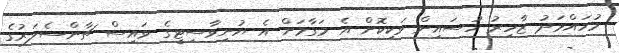
މުހައްމަދު ޒާހިރު ހުސައިން ވަކިކޮށް އެ މަގާމަށް އެ ޔުނިވާސިޓީގެ ވައިސް ޗާންސެލަރުގެ